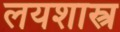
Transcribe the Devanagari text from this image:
लयशास्त्र